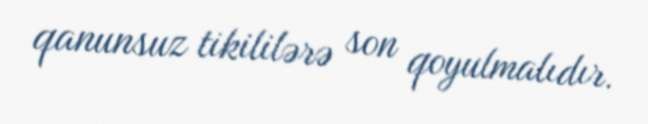
qanunsuz tikililərə son qoyulmalıdır.